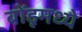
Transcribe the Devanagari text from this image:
बोंडूमध्ये